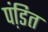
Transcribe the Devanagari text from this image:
पंडि़त